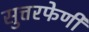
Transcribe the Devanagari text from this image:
सुत्तरफेणी